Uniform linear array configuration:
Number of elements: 12
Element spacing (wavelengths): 0.25
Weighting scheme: exponential
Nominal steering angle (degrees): -60
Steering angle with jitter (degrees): -58.619
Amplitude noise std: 0.05
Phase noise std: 0.05

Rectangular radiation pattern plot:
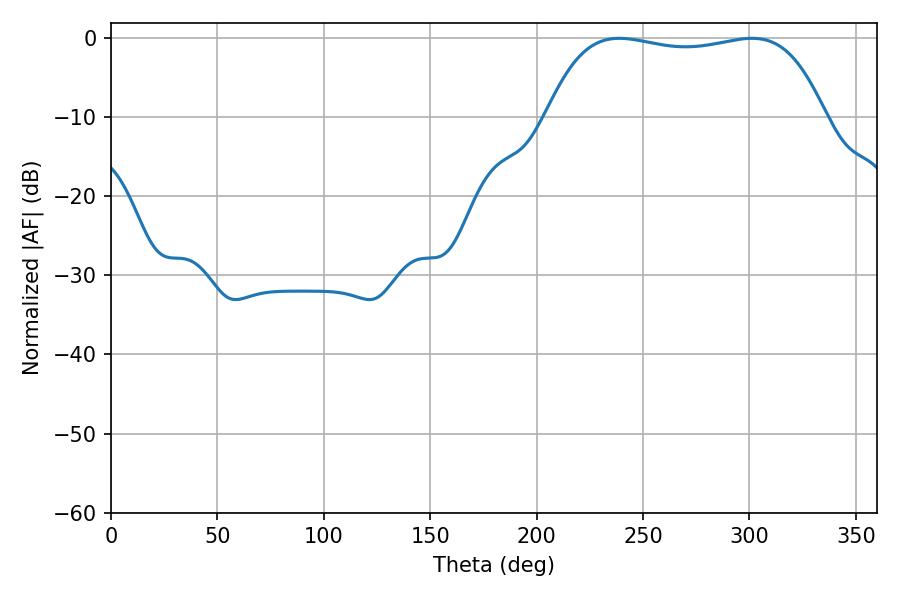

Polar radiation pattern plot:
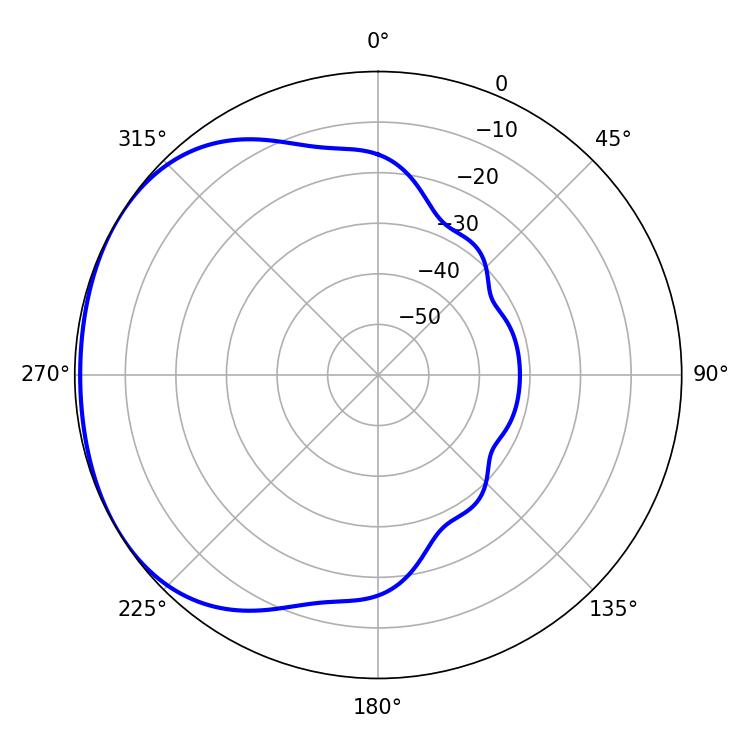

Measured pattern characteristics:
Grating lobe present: FALSE
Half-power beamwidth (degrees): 104.4
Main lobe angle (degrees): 238.86